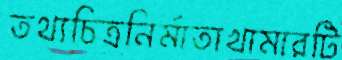
তথ্যচিত্রনির্মাতাখামারটি